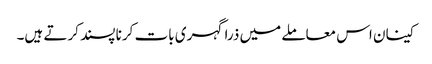
کینان اس معاملے میں ذرا گہری بات کرنا پسند کرتے ہیں۔